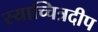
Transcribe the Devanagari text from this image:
स्याच्चित्रदीप